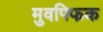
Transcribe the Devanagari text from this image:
मुवफ्फिक